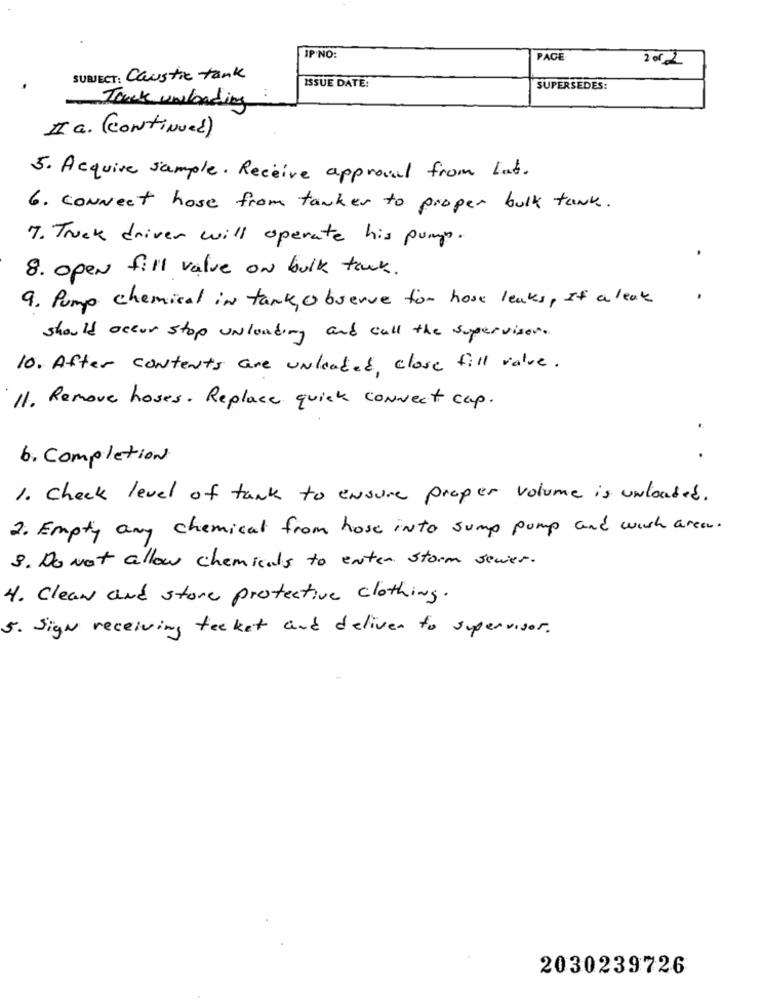
IP NO:
PAGE
2 of2
SUBJECT: Caustic tank
ISSUE DATE:
SUPERSEDES:
Tack unloading
II G. (Continued)
5. Acquire sample. Receive approval from lat.
6. connect hose from tanker to proper bulk tank.
7. Truck driver will operate his pump.
8. open fill value on bulk tank.
9. Pump chemical in tank observe for hose leaks, If a leak
should occur stop unloading and call the supervisor.
10. After contents are unleaded, close fill value.
11. Remove hoses. Replace quick connect cap.
6. Completion
1. check level of tank to ensure proper volume is unloaded.
2. Empty any chemical from hose into sump pump and wish area.
3. Do Not allow chemicals to enter storm sever.
4. Clean and store protective clothing.
5. Sign receiving tecket and deliver to supervisor.
2030239726